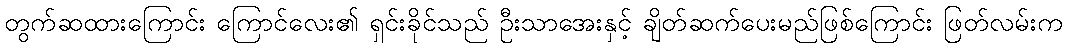
တွက်ဆထားကြောင်း ကြောင်လေး၏ ရှင်းခိုင်သည် ဦးသာအေးနှင့် ချိတ်ဆက်ပေးမည်ဖြစ်ကြောင်း ဖြတ်လမ်းက